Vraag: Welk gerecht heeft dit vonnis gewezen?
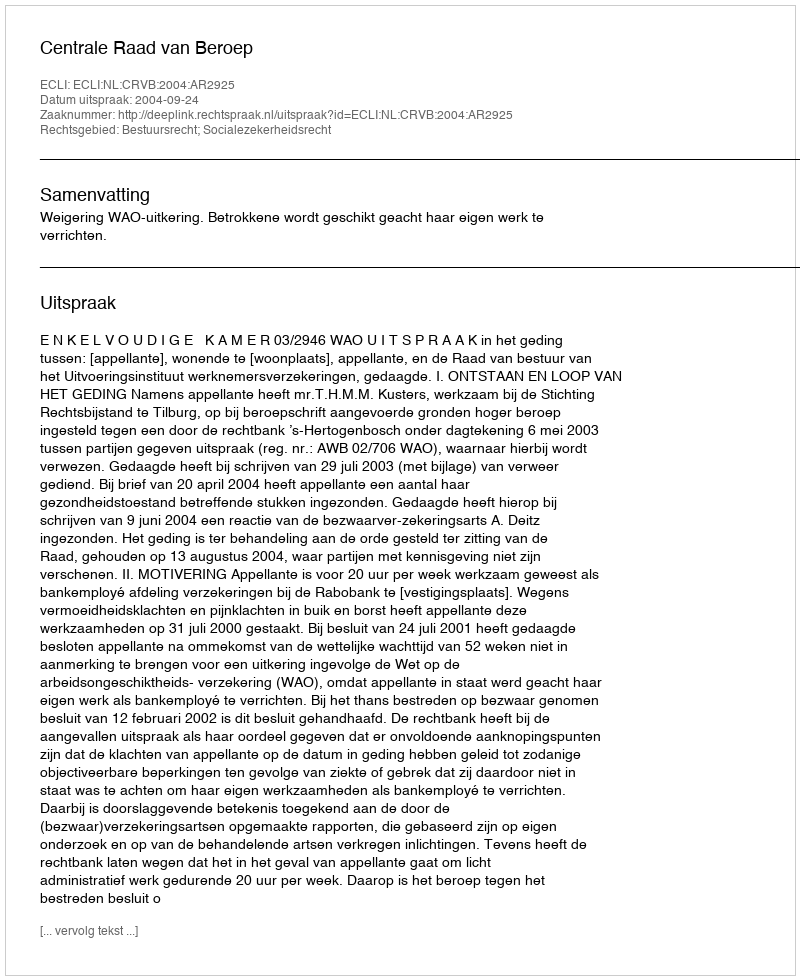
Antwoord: Centrale Raad van Beroep